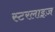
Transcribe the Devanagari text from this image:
स्टरलाइज़